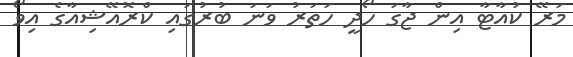
މަރޭ ކުއާޓާ އިން ޖާގަ ހޯދީ ހަތަރު ވަނަ ބުރުގައި ކްރޮއޭޝިއާގެ އިވޯ